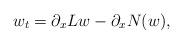
LaTeX: \begin{align*}w_t = \partial_x L w - \partial_x N(w),\end{align*}